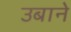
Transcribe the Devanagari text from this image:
उबाने